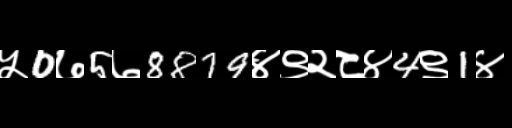
Text: ५0७5७8879४९२८४4९1४